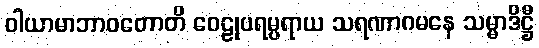
ဝါယာမာဘာဝတောတိ ဝေဠုပရမ္ပရာယ သရဏာဂမနေ သမ္မာဒိဋ္ဌီ